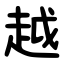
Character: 越